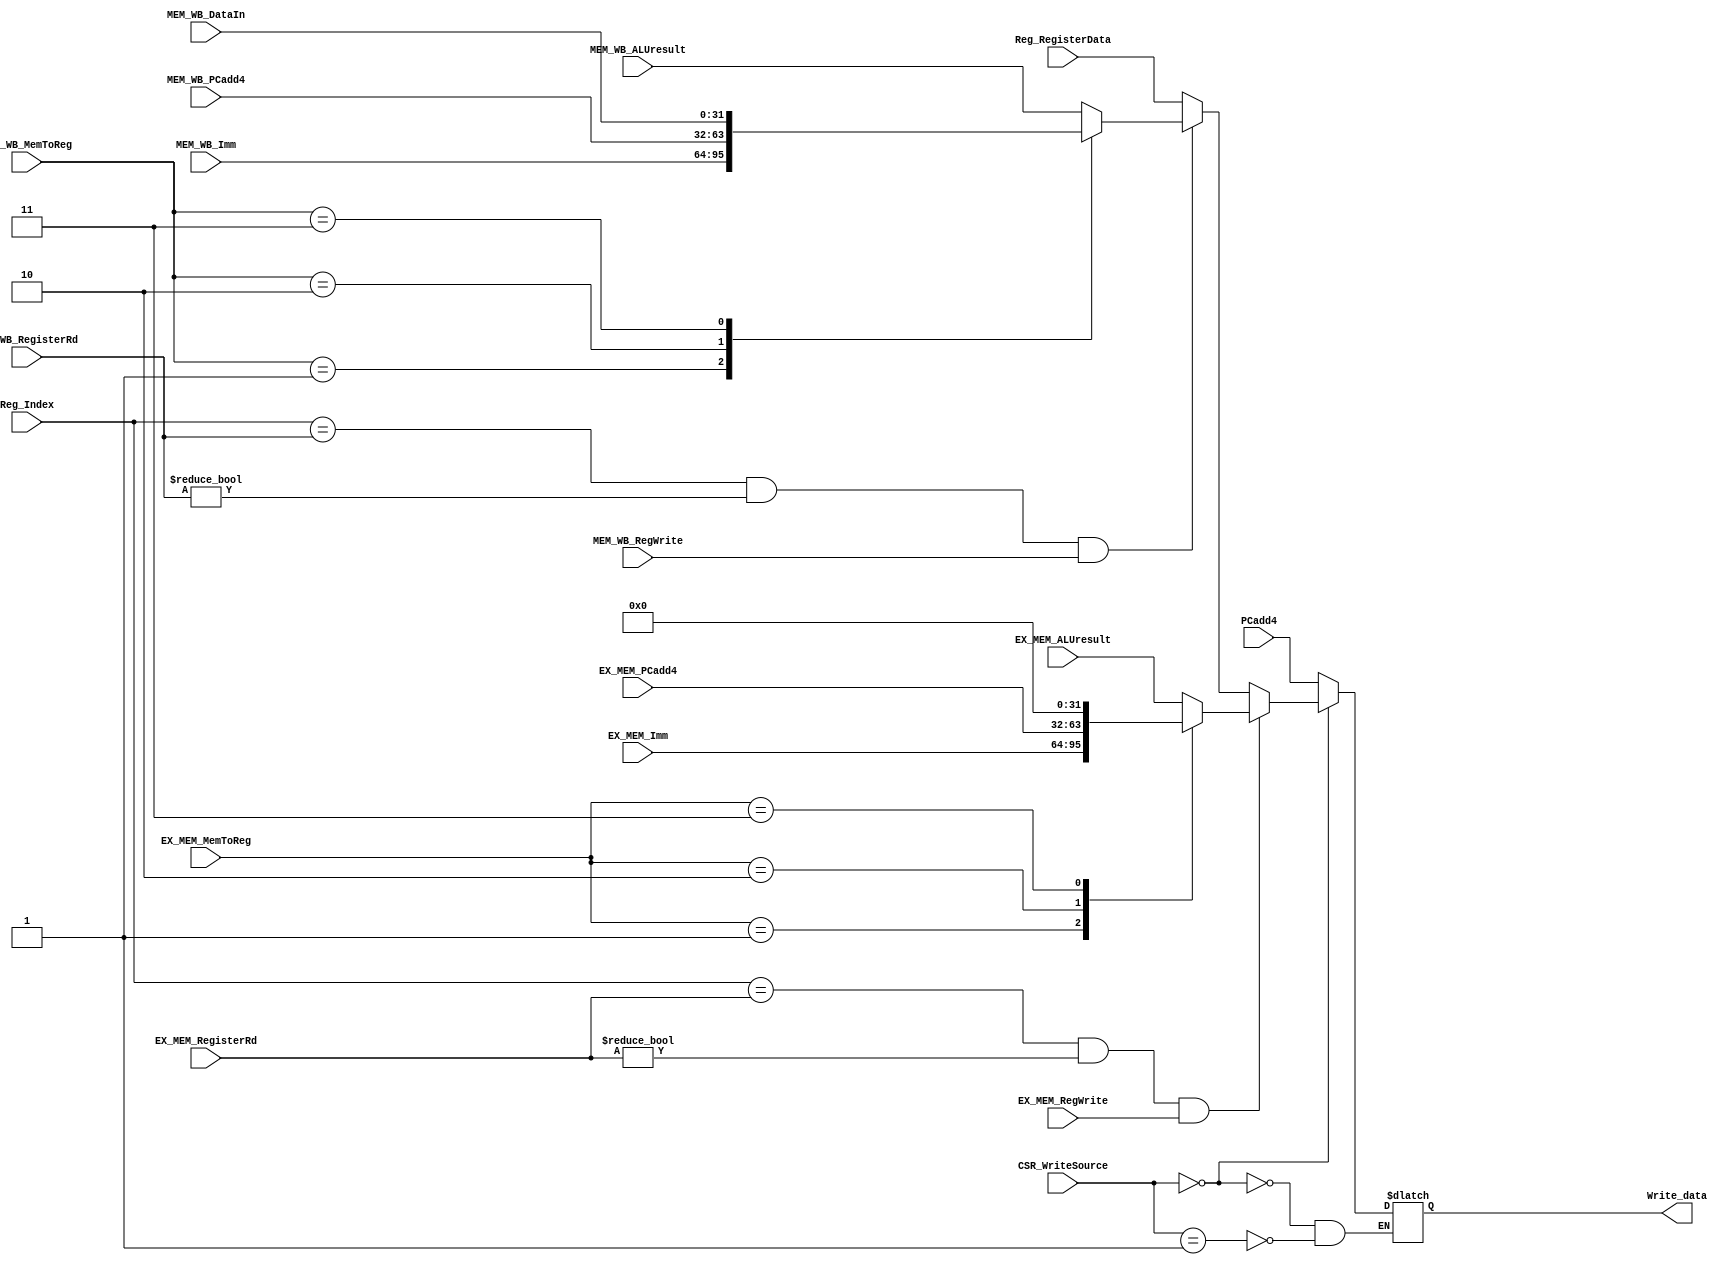
`timescale 1ns / 1ps
//////////////////////////////////////////////////////////////////////////////////
// Company: 
// Engineer: 
// 
// Design Name: 
// Module Name: writecsr
// Project Name: 
// Target Devices: 
// Tool Versions: 
// Description: 
// 
// Dependencies: 
// 
// Revision:
// Revision 0.01 - File Created
// Additional Comments:
// 
//////////////////////////////////////////////////////////////////////////////////


module Writecsr(
input [1:0] CSR_WriteSource,
input [31:0] PCadd4,
input EX_MEM_RegWrite,
input MEM_WB_RegWrite,
input [4:0] EX_MEM_RegisterRd,
input [4:0] MEM_WB_RegisterRd,
input [1:0] EX_MEM_MemToReg,
input [31:0] EX_MEM_ALUresult,
input [31:0] EX_MEM_Imm,
input [31:0] EX_MEM_PCadd4,
input [1:0] MEM_WB_MemToReg,
input [31:0] MEM_WB_ALUresult,
input [31:0] MEM_WB_Imm,
input [31:0] MEM_WB_PCadd4,
input [31:0] MEM_WB_DataIn,
input [31:0] Reg_RegisterData,
input [4:0] Reg_Index,
output reg [31:0] Write_data
    );
    
always @ *
begin
    if(CSR_WriteSource == 2'b00)
    begin
        if((Reg_Index == EX_MEM_RegisterRd) && (EX_MEM_RegisterRd != 0) && (EX_MEM_RegWrite))
        begin
            case(EX_MEM_MemToReg)
                2'b00:Write_data <= EX_MEM_ALUresult;
                2'b01:Write_data <= EX_MEM_Imm;
                2'b10:Write_data <= EX_MEM_PCadd4;
                2'b11:Write_data <= 32'b0;
            endcase    
        end
        
        else if((Reg_Index == MEM_WB_RegisterRd) && (MEM_WB_RegisterRd != 0) && (MEM_WB_RegWrite))
        begin
            case(MEM_WB_MemToReg)
                2'b00:Write_data <= MEM_WB_ALUresult;
                2'b01:Write_data <= MEM_WB_Imm;
                2'b10:Write_data <= MEM_WB_PCadd4;
                2'b11:Write_data <= MEM_WB_DataIn;
            endcase    
        end
        
        else
        begin
            Write_data <= Reg_RegisterData;
        end
    end
    
    else if(CSR_WriteSource == 2'b01)
    begin
        Write_data <= PCadd4;
    end
end     
endmodule